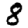
Digit: 8